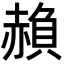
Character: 𮚱